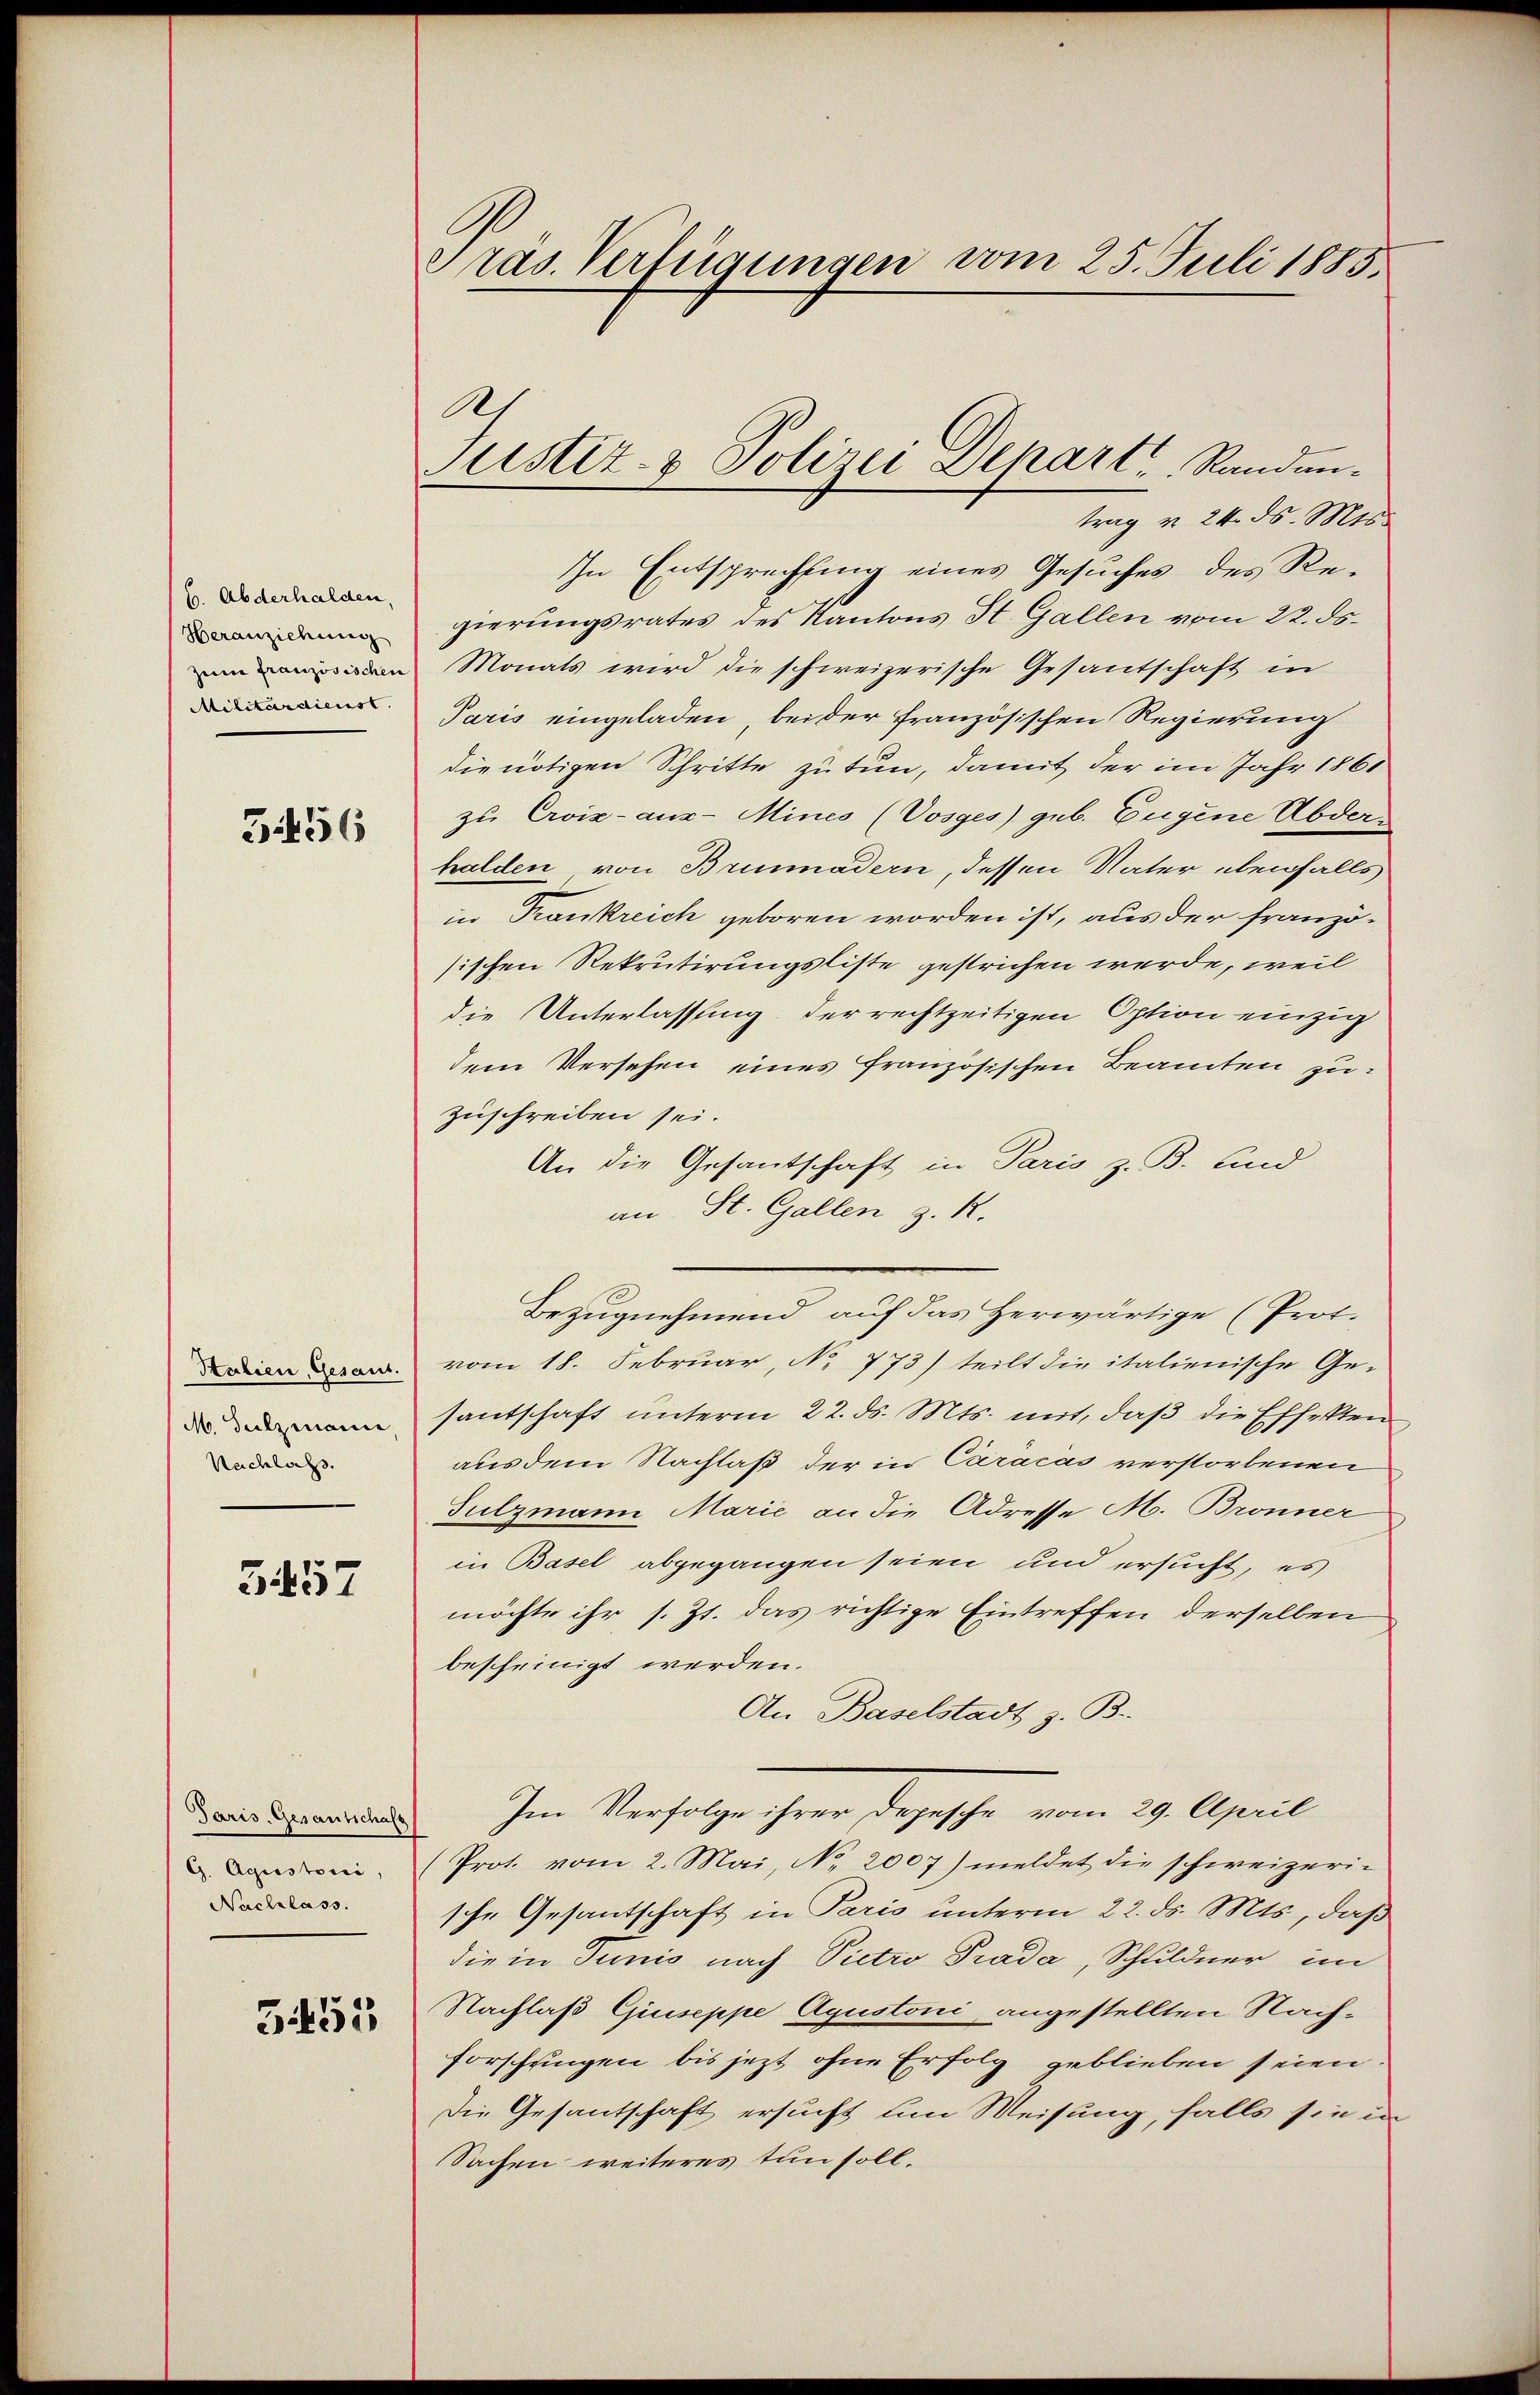
6. Abderhalden,
Heranziehung
Militärdienst.

3456

Stalien, Gesant.
M. Sulzmanne,
Nachlas

357

Paris, Gesantschaft
G. Aguistori,
Nachlass.
3455

Präs. Verfügungen vom 25. Juli 1885.

As
Justiz- & Polizei Depart, Randun¬

trag v. 24. ds. Mts.
In Entsprechtung eines Gesuches des Regierungsrates des Kantons St. Gallen vom 22. ds.
n Monats wird die schweizerische Gesantschaft in
Paris eingeladen beider französischen Regierung
die nötigen Schritte zu tun, damit der im Jahr 1861
zu Croix-aus-Mines (Vosges) geb. Eugene Abderhalden von Brunnadern, dessen Vater ebenfalls
in Trankreich geboren worden ist, aus der französischen Rekrutirungsliste gestrichen werde, weil
die Unterlassung der rechtzeitigen Option einzig
dem Versehen eines französischen Beamten zu
zuschreiben sei.
An die Gesantschaft in Paris z. B. und
an St. Gallen z. R.
Bezugnehmend auf das herwärtige (Prot.
vom 18. Februar, No 773) teilt die italienische Gesantschaft unterm 22. ds. Mts. mit, daß die Effekten
aus dem Nachlaß der in Caračas verstorbenen
Sulzmann Marie an die Adresse M. Bronner
in Basel abgegangen seien und ersucht, es
möchte ihr s. Zt. das richtige Eintreffen derselben
bescheinigt werden.
An Baselstadt z. B.
Im Verfolge ihrer Depesche vom 29. April
Prot. vom 2. Mai, No. 2007) meldet die schweizerische Gesantschaft in Paris unterm 22. ds. Mts., daß
die in Tunis nach Victro Prada, Schuldner im
Nachlaß Giuseppe Ayustoni angestellten Nach-
forschungen bis jezt ohne Erfolg geblieben seien.
Die Gesantschaft ersucht um Weisung, falls sie in
Sachen weiteres tun soll.